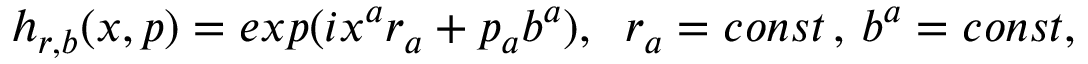
h _ { r , b } ( x , p ) = e x p ( i x ^ { a } r _ { a } + p _ { a } b ^ { a } ) , \; \; r _ { a } = c o n s t \, , \, b ^ { a } = c o n s t ,